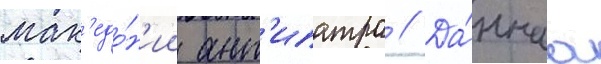
мак'едо́н'ии ант'ипатра // Да́ннаа